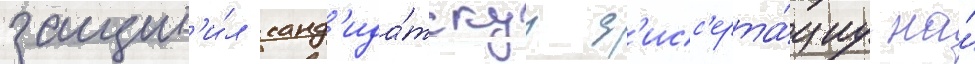
защит'и́л канд'ида́тскуу д'исс'ерта́циу на́